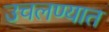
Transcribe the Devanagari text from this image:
उचलण्‍यात